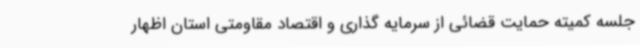
جلسه کمیته حمایت قضائی از سرمایه گذاری و اقتصاد مقاومتی استان اظهار